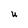
Character: U